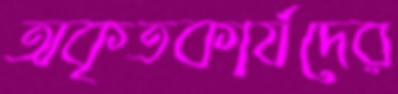
অকৃতকার্যদের